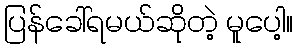
ပြန်ခေါ်ရမယ်ဆိုတဲ့ မူပေါ့။